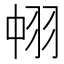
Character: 𮊹